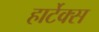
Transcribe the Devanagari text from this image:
हार्टेक्स